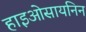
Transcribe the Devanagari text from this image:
हाइओसायनिन